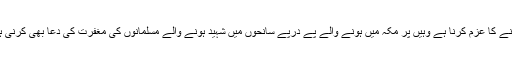
اس عید پر یہاں ہم افراد امت مسلمہ کو دعوت ابراہیمی کو عام کرنے کا عزم کرنا ہے وہیں پر مکہ میں ہونے والے پے درپے سانحوں میں شہید ہونے والے مسلمانوں کی مغفرت کی دعا بھی کرنی ہے اور ان کے پسماندگان کے حق میں بھی دعا کی ضروت ہے ۔